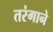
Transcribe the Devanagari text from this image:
तरंगाने